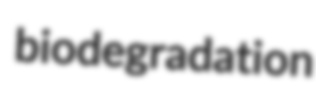
biodegradation